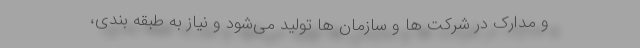
و مدارک در شرکت ها و سازمان ها تولید می‌شود و نیاز به طبقه بندی،